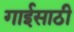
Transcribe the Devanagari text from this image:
गाईसाठी